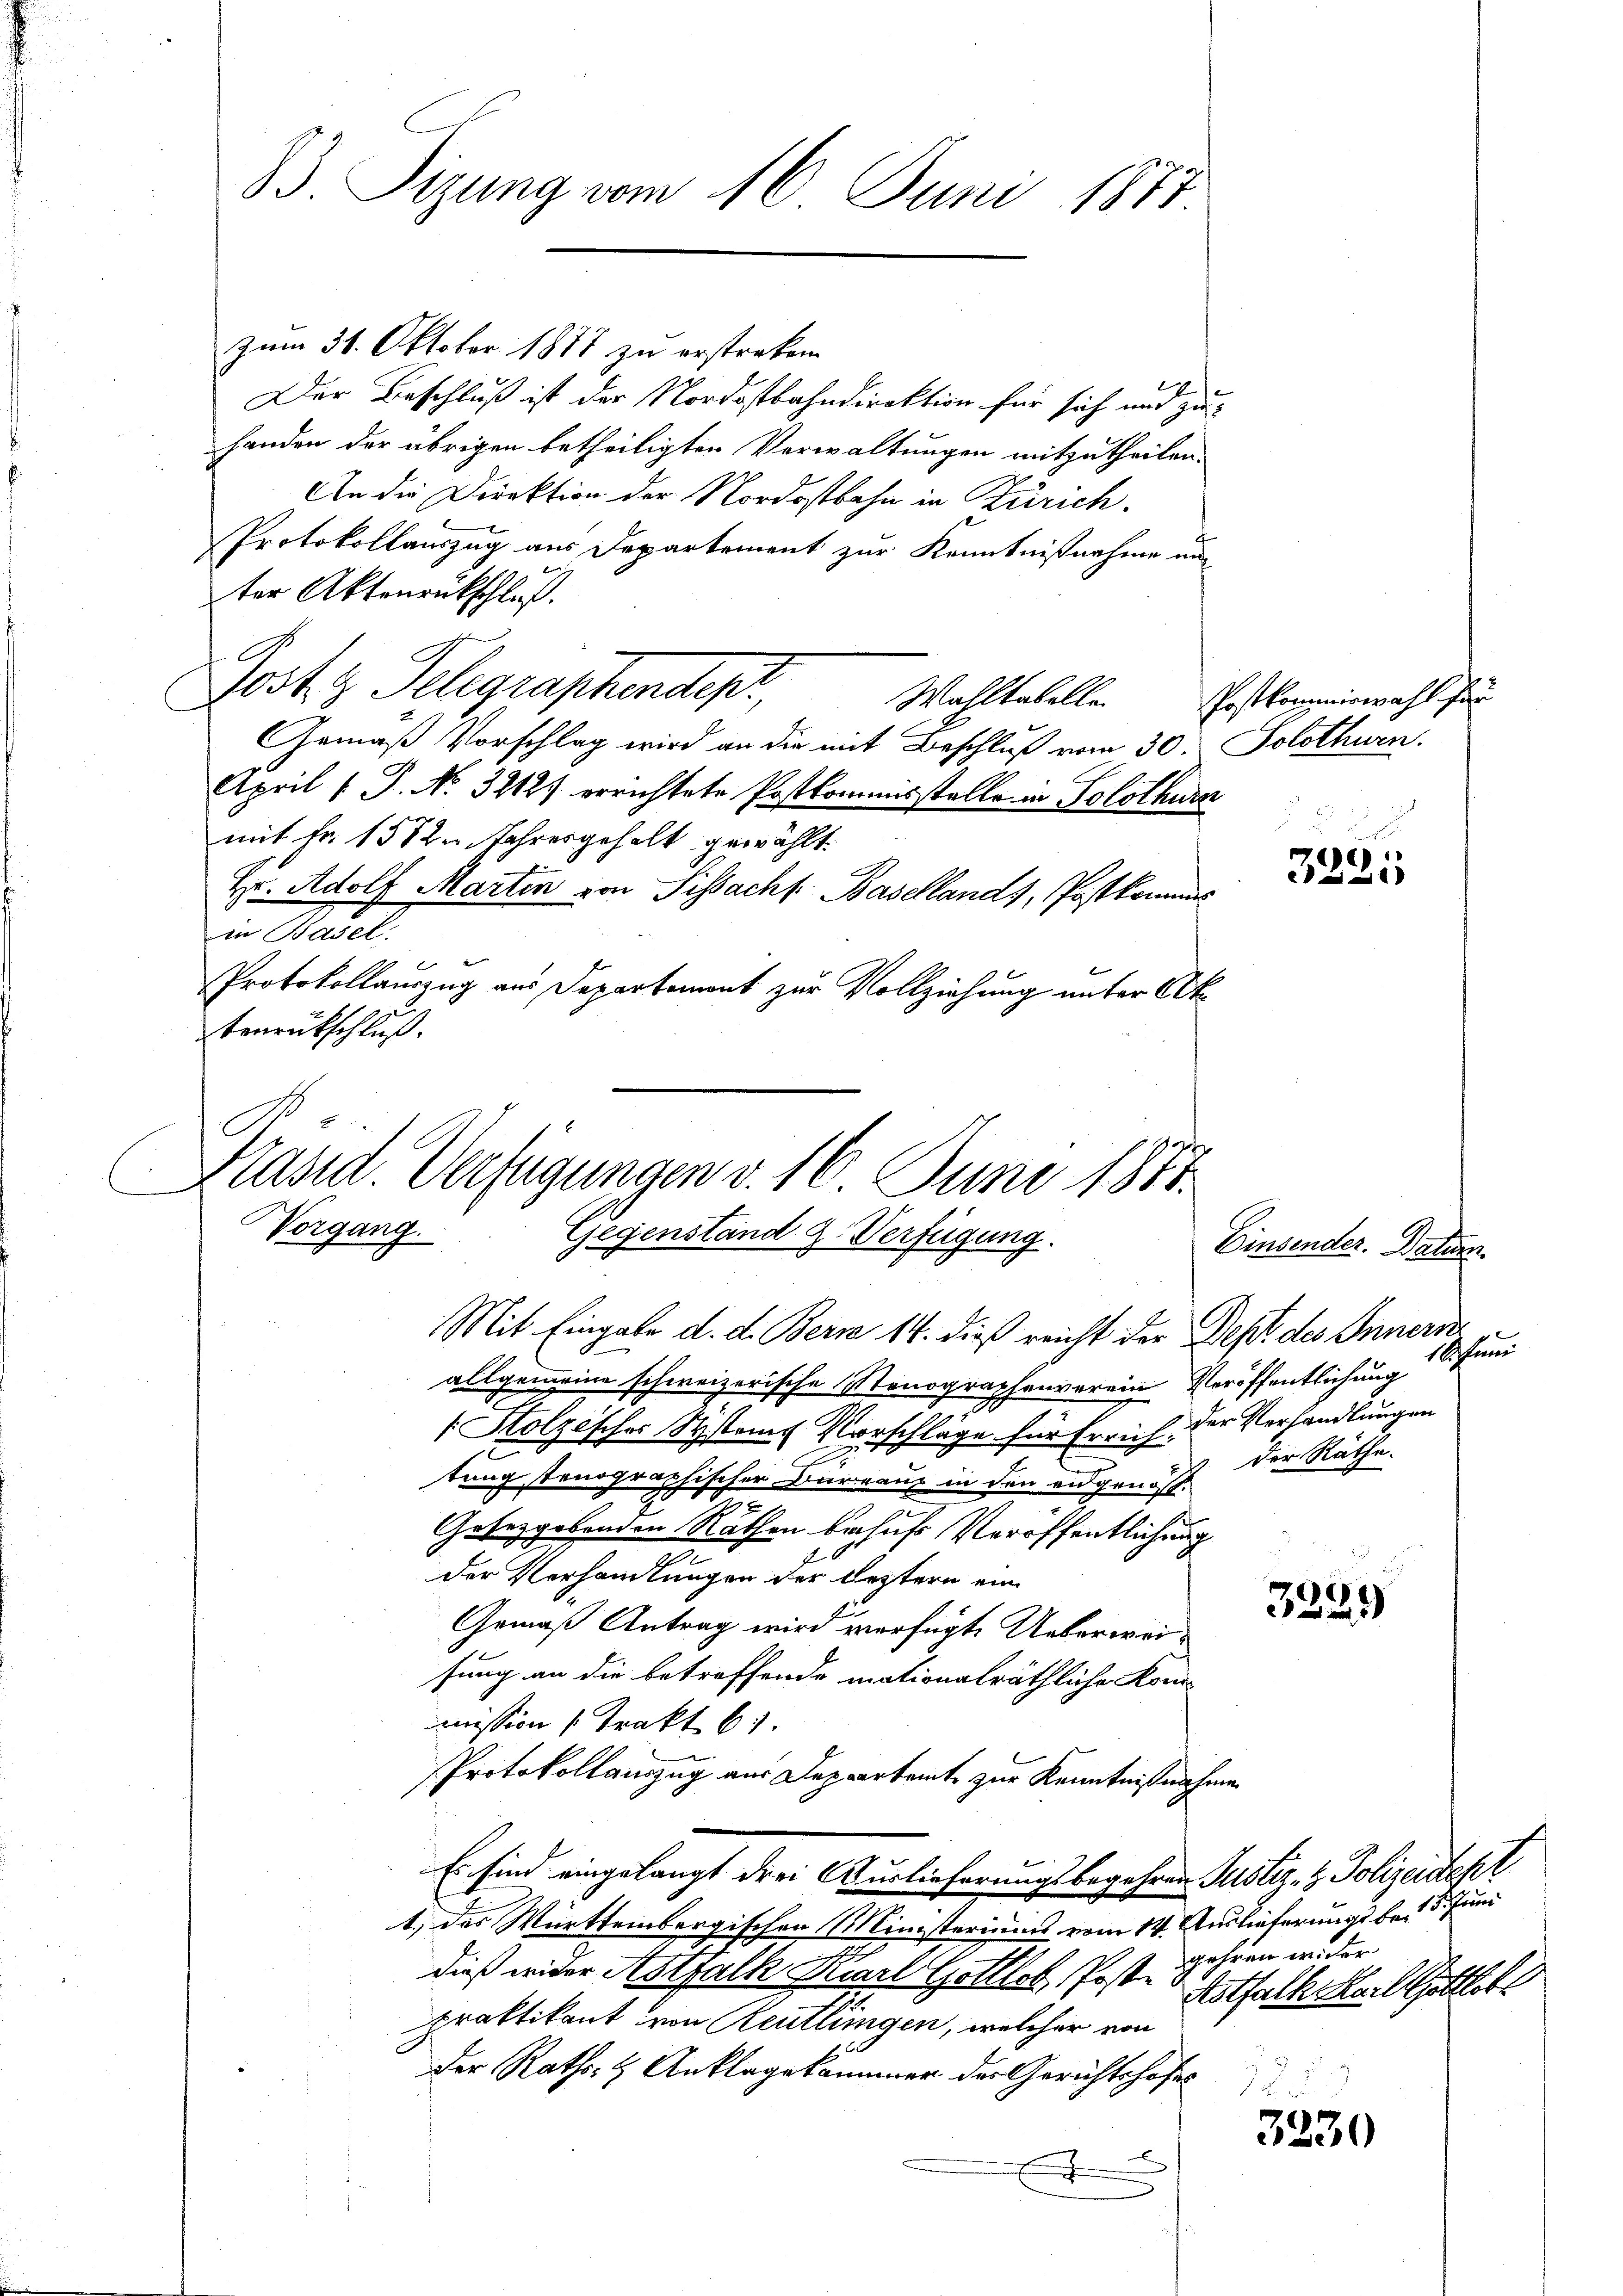
B. Tizung vom 16. Juni 1877

zum 31. Oktober 1877 zu erstrecken.
Der Beschluß ist der Nordostbahndirektion für sich und zuhanden der übrigen betheiligten Verwaltungen mitzutheilen.
An die Direktion der Nordostbahn in Zürich.
Protokollauszug aus Departement zur Kenntnißnahme aus
ter Aktenrückschluß.
Jost Telegraphendept,
Wahltabelle
Gemäß Vorschlag wird an die mit Beschluß vom 30. Solothurn.
April (T. No. 32121 errichtete Postkommisstelle in Solothurn
mit Fr. 1582 Jahresgehalt gewählt.
Hr. Adolf Martin von Sissacht. Basellands, Postkomms
in Basel
Protokollauszug aus Departement zur Vollziehung unter Aktenrückschluß.
Vorgang.
Einsender. Datum.
allgemeine schweizerische Monographenverein Veröffentlichung
Stolzisches System Vorschläge für Errich. der Verhandlungen
Der Räthe.
.
tung tenographischer Darauf in den eidgenöss.
2
Gesetzgebenden Rathen behufs Veröffentlichung
der Verhandlungen der leztern ein
3229
Gemäß Antrag wird verfügte Ueberweisung an die betreffende mationalräthliche Kon-
mission (Trakt b
Protokollauszug aus Departamt zur Kenntnißnahmen
Es sind eingelangt der Auslieferungsbegehren Justiz- & Polizeistest
1.) das Württembergischen Ministeriums vom 14. Auslieferungs be- 5. Juni
gehren wider
dieß wider Astfalk Karl Gottlob, Post- & Erhalt Karl Gottlob
praktikant von Reutlingen, welcher von
der Raths- & Anklagekommer der Gerichtshofes
3230
.

C

Präsid. Verfügungen v. 16. Juni 1875.
Gegenstand z. Verfügung.
Mit Eingabe d. d. Bern 14. dieß reicht der Dest des Innern

Postkommiswahl für

de
e

Schenen